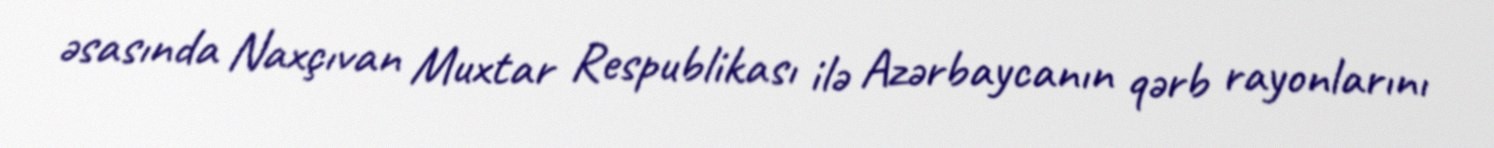
əsasında Naxçıvan Muxtar Respublikası ilə Azərbaycanın qərb rayonlarını